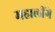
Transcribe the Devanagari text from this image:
महालींगे